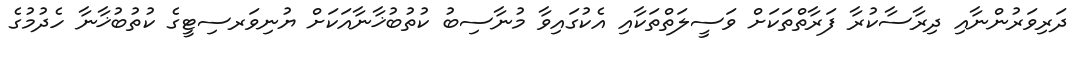
ދަރިވަރުންނާއި ދިރާސާކުރާ ފަރާތްތަކަށް ވަސީލަތްތަކާއި އެކުގައިވާ މުނާސިބު ކުތުބުޚާނާއަކަށް ޔުނިވަރސިޓީގެ ކުތުބުޚާނާ ހެދުމުގެ